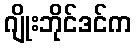
ဂျိုးဘိုင်ဒင်က